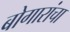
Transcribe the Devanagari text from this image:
बोगारांचा